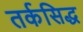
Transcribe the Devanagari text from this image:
तर्कसिद्ध